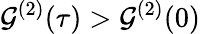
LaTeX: \mathcal{G}^{(2)}(\tau)>\mathcal{G}^{(2)}(0)